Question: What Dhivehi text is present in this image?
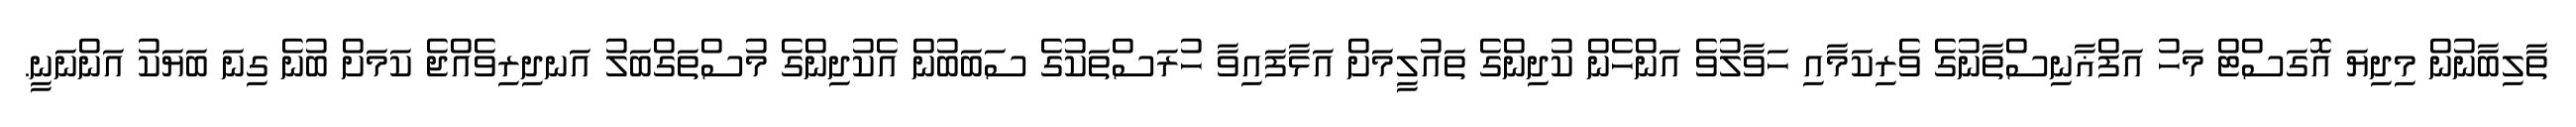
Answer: ތާލިބާނުން މިދިޔަ އޮގަސްޓް މަހު އަފްޣާނިސްތާނުގެ ވެރިކަމާއި ހަވާލުވެ އަންހެން ކުދިންގެ ތައުލީމަށް އަޅާފައިވާ ހުރަސްތަކުގެ ސަބަބުން އެކުދިންގެ މުސްތަގްބަލު އަނދިރިވެއްޖެ ކަމަށް ބުނެ ގިނަ ބަޔަކު އަންނަނީ.